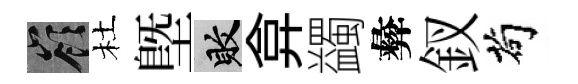
嶺杜塈敗弇蠲彜釵茍